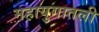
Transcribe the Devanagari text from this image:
महायुगातली